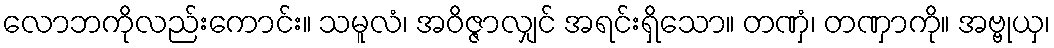
လောဘကိုလည်းကောင်း။ သမူလံ၊ အဝိဇ္ဇာလျှင် အရင်းရှိသော။ တဏှံ၊ တဏှာကို။ အဗ္ဗုယှ၊